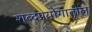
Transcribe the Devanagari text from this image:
शब्दप्रयोगातील